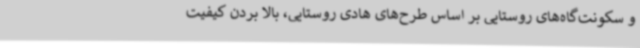
و سکونت‌گاه‌های روستایی بر اساس طرح‌های هادی روستایی، بالا بردن کیفیت